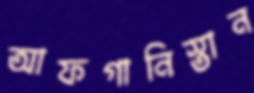
আফগানিস্তান